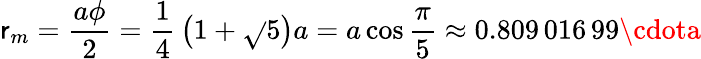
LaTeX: \mathsf{r}_{m}={\frac{{a\phi}}{{2}}}={\frac{{1}}{{4}}}\left(1+{\sqrt{}{{5}}}\right)a=a\cos{\frac{{\pi}}{{5}}}\approx0.809\, 016\, 99\cdota